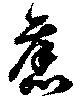
旧